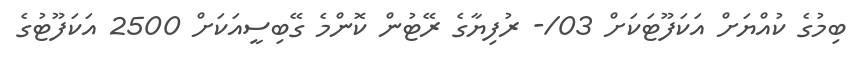
ބިމުގެ ކުއްޔަށް އަކަފޫޓަކަށް 03/- ރުފިޔާގެ ރޭޓުން ކޮންމެ ގޭބިސީއަކަށް 2500 އަކަފޫޓުގެ